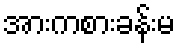
အားကစားခန်းမ